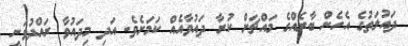
ދައުލަތުގެ އެހެން ބާރެއްގެ މައްޗަށް ކުރާ ދައުވާއެއް ކަމަށެވެ. އަދި މިދައުވާ ރައްދުވަނީ